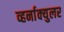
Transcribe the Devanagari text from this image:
व्हर्नाक्‍युलर